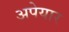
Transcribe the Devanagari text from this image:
अपेयार